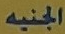
الجنيه